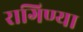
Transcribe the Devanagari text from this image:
रागिण्या